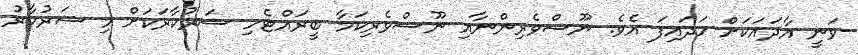
ވަނީ އާދައަކަށް ހަދައިފަ އެވެ. ނޫސްވެރިންނާއި ނޫސްވެރިކަމާ ބީރައްޓެހި ސަރުކާރަކަށް މި ސަރުކާރު